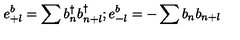
e _ { + l } ^ { b } = \sum b _ { n } ^ { \dagger } b _ { n + l } ^ { \dagger } ; e _ { - l } ^ { b } = - \sum b _ { n } b _ { n + l }